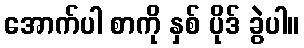
အောက်ပါ စာကို နှစ် ပိုဒ် ခွဲပါ။